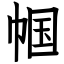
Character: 帼